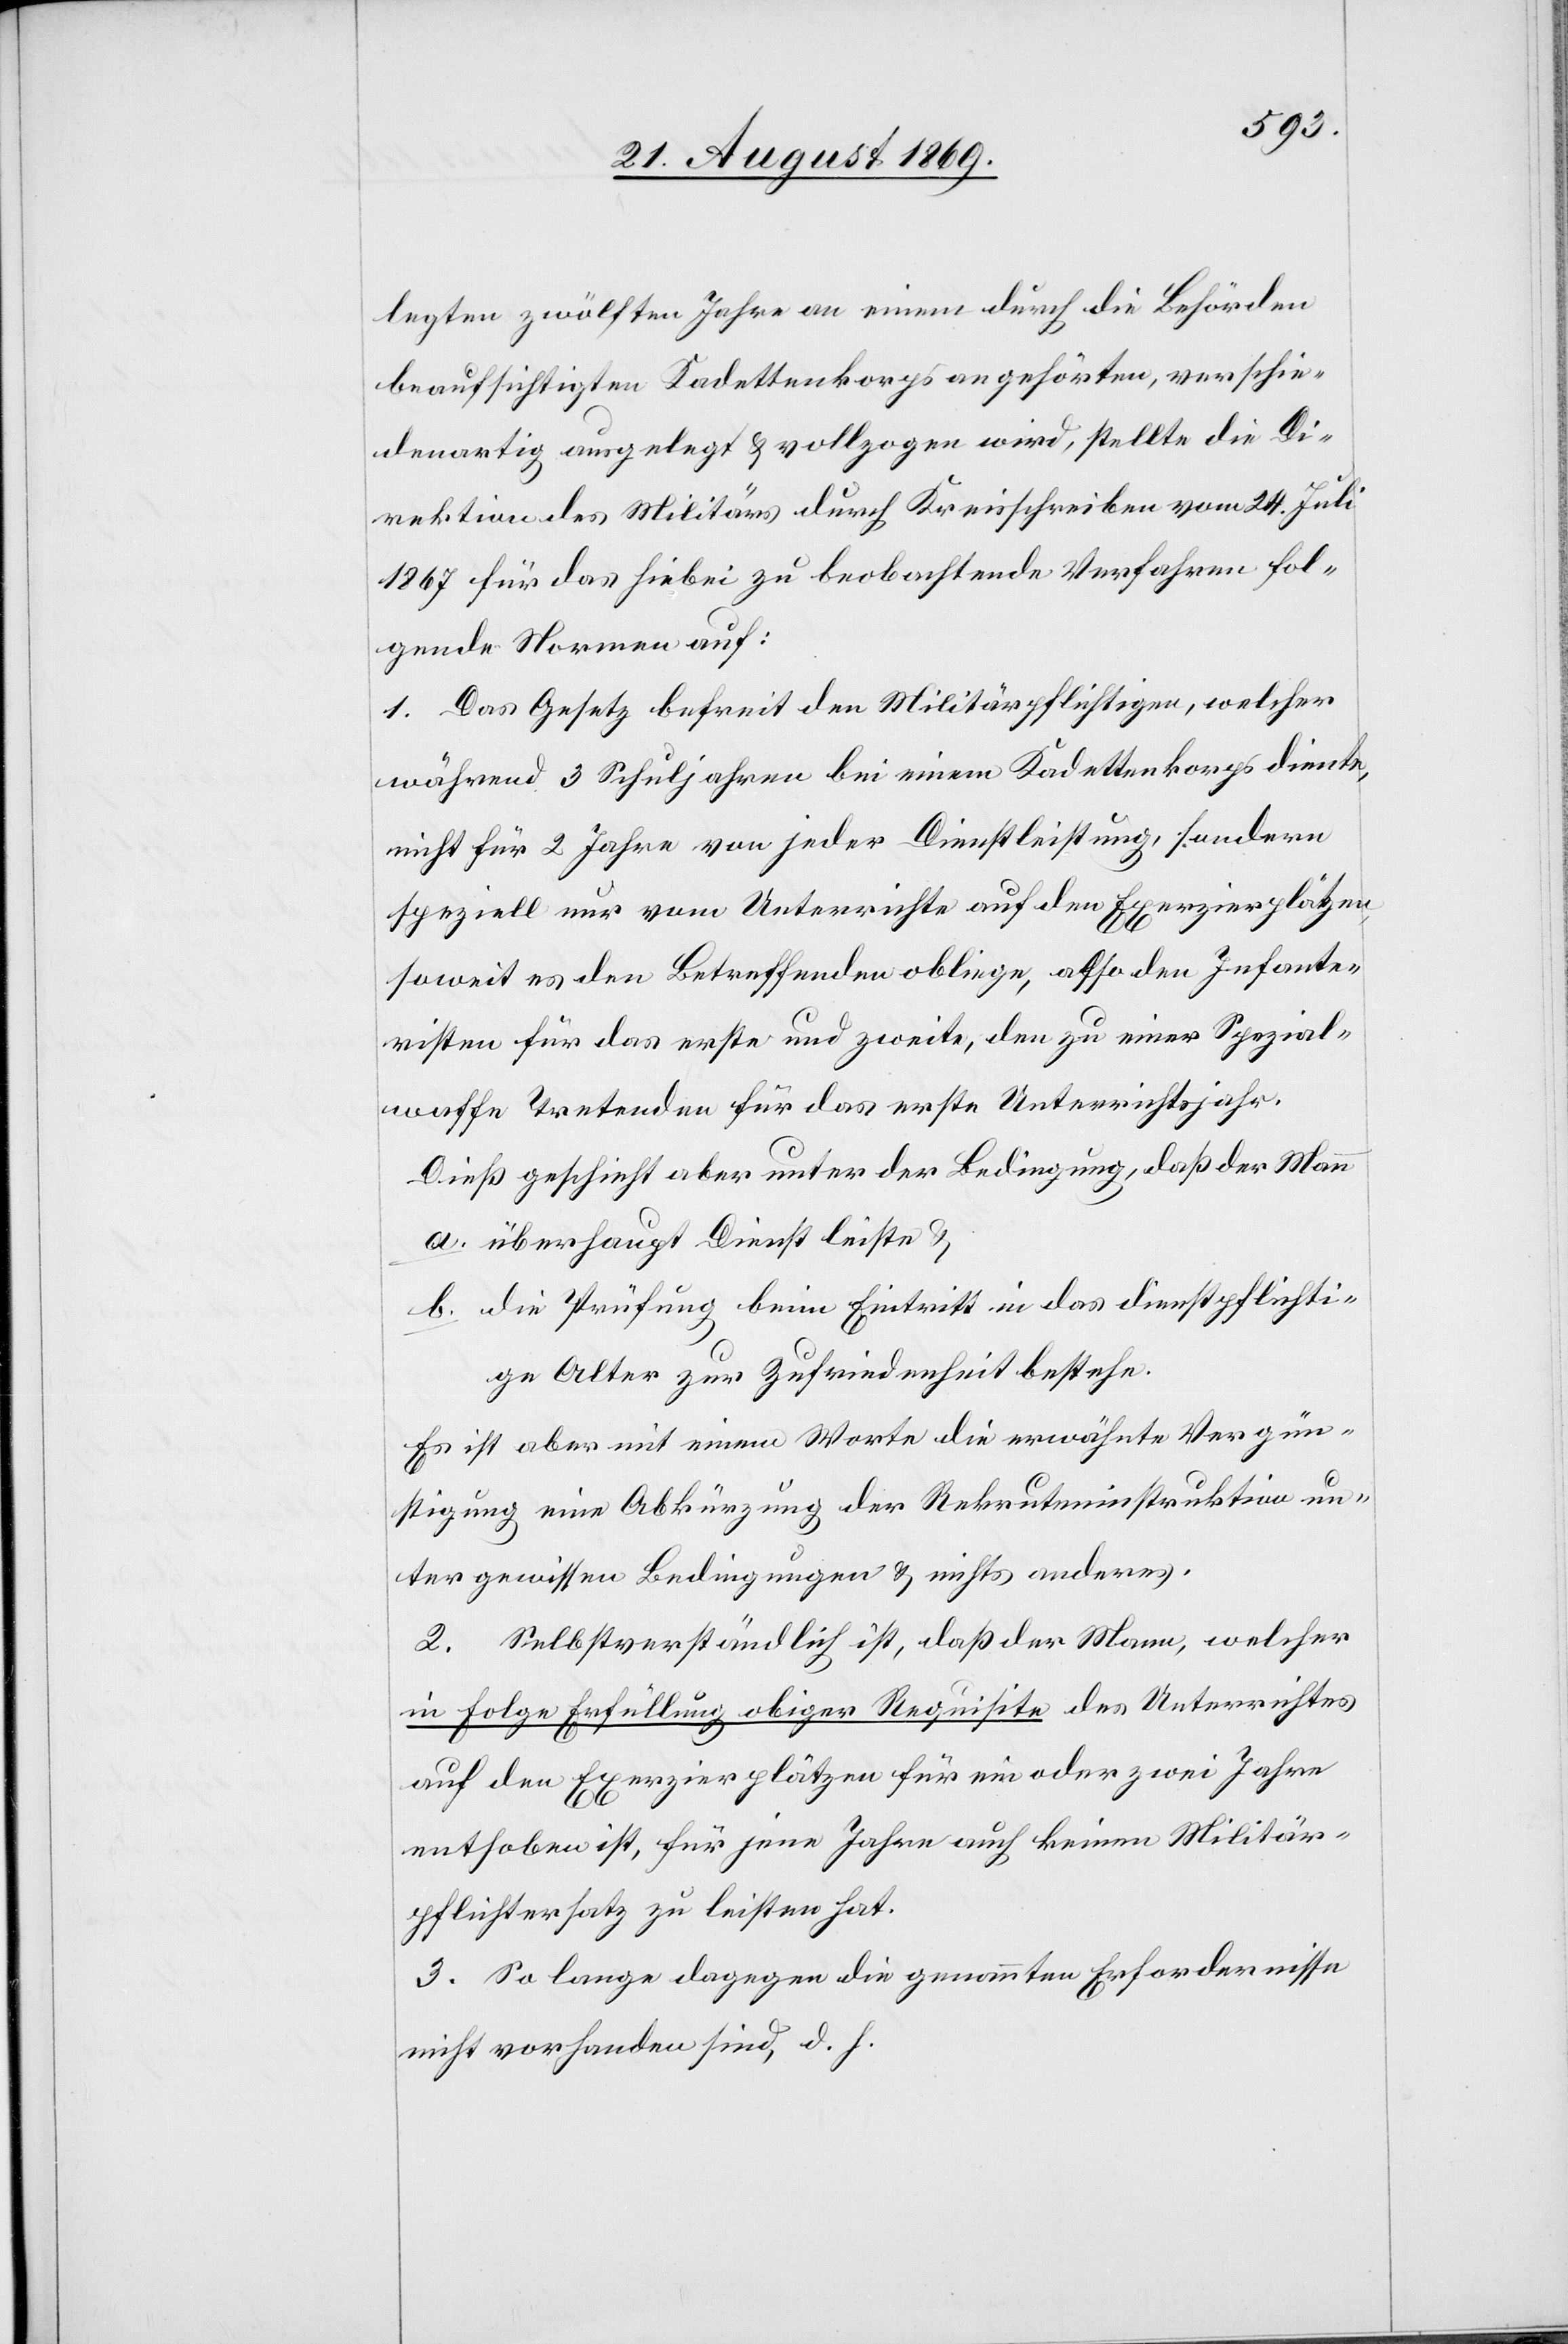
legten zwölften Jahre an einem durch die Behörden
beaufsichtigten Kadettenkorps angehörten, verschie¬
denartig ausgelegt & vollzogen wird [sic!], stellte die Di¬
rektion des Militärs durch Kreisschreiben vom 24. Juli
1867 für das hiebei zu beobachtende Verfahren fol¬
gende Normen auf:
1. Das Gesetz befreit den Militärpflichtigen, welcher
während 3 Schuljahren bei einem Kadettenkorps diente,
nicht für 2 Jahre von jeder Dienstleistung, sondern
speziell nur vom Unterrichte auf den Exerzierplätzen,
soweit es den Betreffenden obliege, also den Infante¬
risten für das erste und zweite, den zu einer Spezial¬
waffe Tretenden für das erste Unterrichtsjahr.
Dieß geschieht aber unter der Bedingung, daß der Mann
a. überhaupt Dienst leiste &
b. die Prüfung beim Eintritt in das dienstpflichti¬
ge Alter zur Zufriedenheit bestehe.
Es ist aber mit einem Worte die erwähnte Vergün¬
stigung eine Abkürzung der Rekruteninstruktion un¬
ter gewissen Bedingungen & nichts anderes.
2. Selbstverständlich ist, daß der Mann, welcher
in Folge Erfüllung obiger Requisite des Unterrichtes
auf den Exerzierplätzen für ein oder zwei Jahre
enthoben ist, für jene Jahre auch keinen Militär¬
pflichtersatz zu leisten hat.
3. So lange dagegen die genannten Erfordernisse
nicht vorhanden sind, d. h.